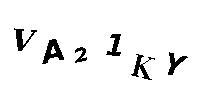
VA21KY